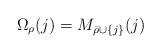
LaTeX: \begin{align*} \Omega_{\rho}(j) = M_{\bar{\rho}\cup\{j\}}(j) \enspace \end{align*}